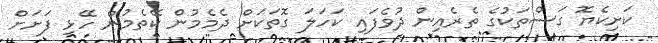
ކަށިކެޔޮ ގަސްތަކުގެ ތެރެއިން ދުވެފައި ކަހަލަ ގޮތަކަށް ދެމެމުން ކޭތެމުން ހޭޅި ފަށަށް